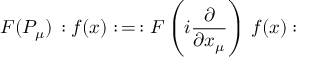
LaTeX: F ( P _ { \mu } ) \, : f ( x ) : \, = \, : F \left( i \frac { \partial } { \partial x _ { \mu } } \right) \, f ( x ) :